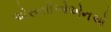
એસસીએએનએ